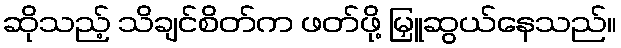
ဆိုသည့် သိချင်စိတ်က ဖတ်ဖို့ မြှူဆွယ်နေသည်။